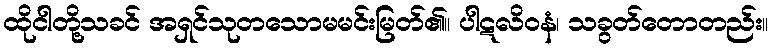
ထိုငါတို့သခင် အရှင်သုတသောမမင်းမြတ်၏။ ပါဋလိဝနံ၊ သခွတ်တောတည်း။